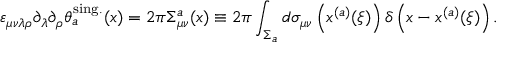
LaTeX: \varepsilon _ { \mu \nu \lambda \rho } \partial _ { \lambda } \partial _ { \rho } \theta _ { a } ^ { \mathrm { s i n g . } } ( x ) = 2 \pi \Sigma _ { \mu \nu } ^ { a } ( x ) \equiv 2 \pi \int _ { \Sigma _ { a } } ^ { } d \sigma _ { \mu \nu } \left( x ^ { ( a ) } ( \xi ) \right) \delta \left( x - x ^ { ( a ) } ( \xi ) \right) .